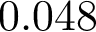
0 . 0 4 8